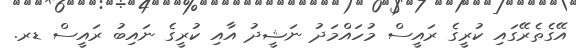
އޭގެތެރޭގައި ކުރީގެ ރައީސް މުހައްމަދު ނަޝީދު އާއި ކުރީގެ ނައިބު ރައީސް ޑރ.